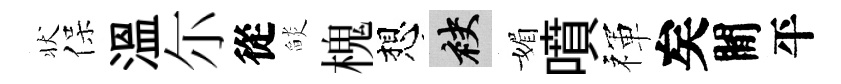
状保溫尓從𦦨槐想袂媚噴禈矣閒平